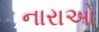
નારાઓ